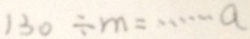
1 3 0 \div m = \cdots a